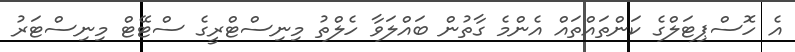
އެ ހޮސްޕިޓަލްގެ ކަންތައްތައް އެންމެ ގާތުން ބައްލަވާ ހެލްތު މިނިސްޓްރީގެ ސްޓޭޓް މިނިސްޓަރު